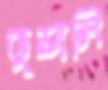
ভুয়ালি